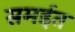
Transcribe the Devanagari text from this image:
समईत